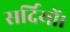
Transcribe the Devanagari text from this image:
सर्दियों।